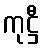
ကုဋ္ဌီ